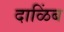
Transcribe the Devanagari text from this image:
दाळिंब